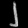
Digit: ၂